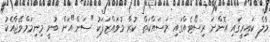
މާލެ ކައިރީގައި އޮންނަ ރިސޯޓެއްގައި މަސައްކަތް ކުރާ މުވައްޒަފަކު "ސަން"އަށް ބުނީ މިނިމަމްވޭޖާއެކު